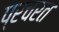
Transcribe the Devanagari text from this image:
प्रचरत